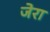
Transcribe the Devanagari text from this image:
जेरा